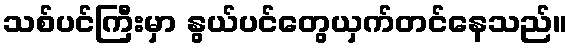
သစ်ပင်ကြီးမှာ နွယ်ပင်တွေယှက်တင်နေသည်။